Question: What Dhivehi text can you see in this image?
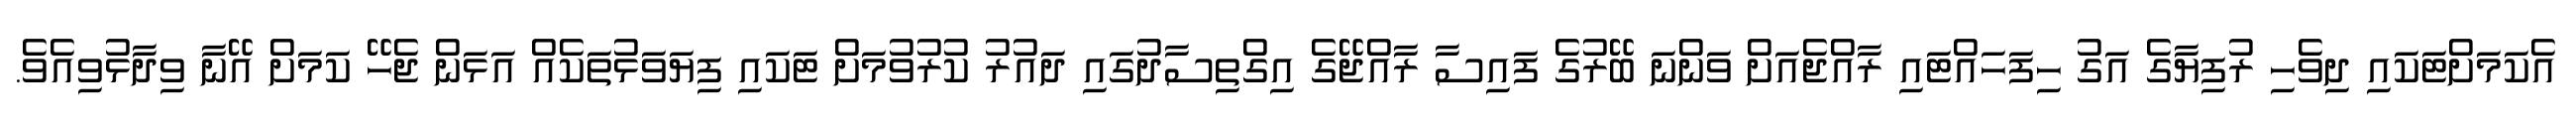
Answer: އެކަމަށްޓަކައި ދިވެހި ރުފިޔާގެ އަގު ހިފަހައްޓައި ރާއްޖެއަށް ވަންނަ ބޭރުގެ ފައިސާ ރާއްޖޭގެ އިގްތިސާދުގައި ދައުރު ކުރުވުމަށް ޓަކައި ފިޔަވަޅުތަކެއް އަޅަން ޖެހޭ ކަމަށް އޭނާ ވިދާޅުވިއެވެ.